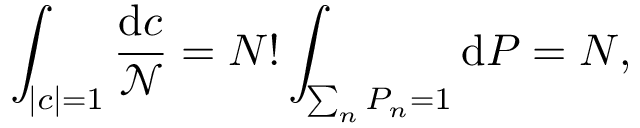
\int _ { | c | = 1 } { \frac { \mathrm { d } c } { \mathcal { N } } } = N ! \int _ { \sum _ { n } P _ { n } = 1 } \mathrm { d } P = N ,